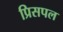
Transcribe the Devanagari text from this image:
प्रिसपल